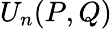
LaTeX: U_{n}(P,Q)